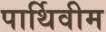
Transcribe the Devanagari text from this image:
पार्थिवीम